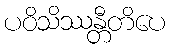
ပဝိသိဿန္တီတိပေ